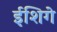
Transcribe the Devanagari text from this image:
ईशिगे